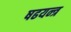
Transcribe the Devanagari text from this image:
षढयन्त्र